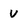
Character: V